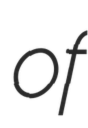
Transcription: of